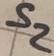
Text: S2